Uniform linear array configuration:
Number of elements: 64
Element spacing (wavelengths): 1
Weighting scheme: hann
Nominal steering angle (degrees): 45
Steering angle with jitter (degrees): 44.861
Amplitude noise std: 0.05
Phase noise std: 0.05

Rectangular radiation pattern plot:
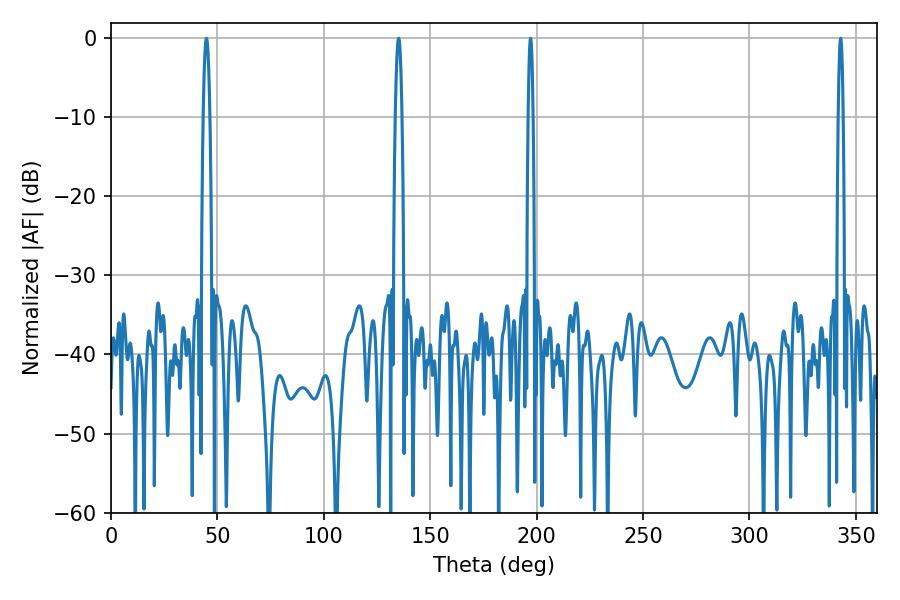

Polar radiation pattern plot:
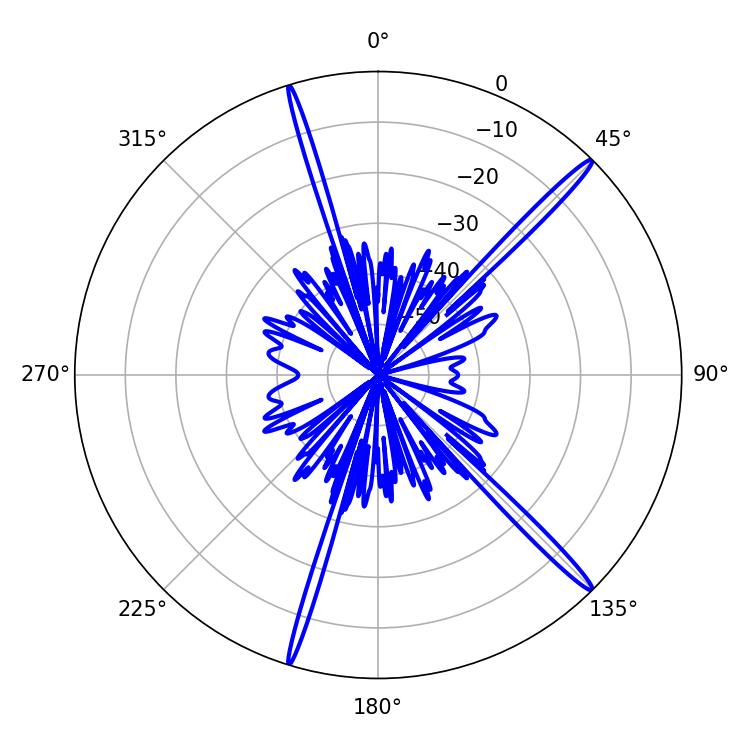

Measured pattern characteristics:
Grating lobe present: TRUE
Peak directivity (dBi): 17.89
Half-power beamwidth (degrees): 1.62
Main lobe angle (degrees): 44.82